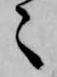
々